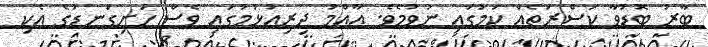
ބާރު ބޮޑުވާ ކަސްރަތެއް ކަމުގައި ނުވުމެވެ. އާއްމު ދިރިއުޅުމުގައި ވެސް ހަށިގަނޑުގެ އެކި